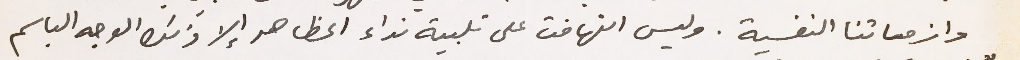
وازماتنا النفسية. وليس التهافت على تلبية نداء المظاهر إلا ذلك الوجه الباسم